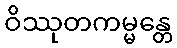
ဝိဿုတကမ္မန္တေ